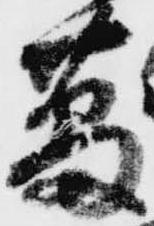
蕃